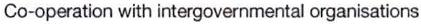
Co-operation with intergovernmental organisations